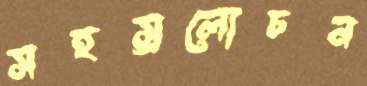
সহস্রলোচন